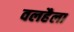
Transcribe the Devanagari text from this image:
वलहैला